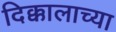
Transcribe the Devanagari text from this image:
दिक्कालाच्या